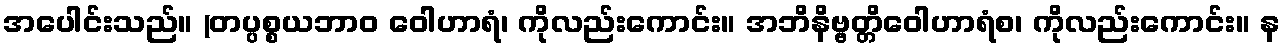
အပေါင်းသည်။ (တပ္ပစ္စယဘာဝ ဝေါဟာရံ၊ ကိုလည်းကောင်း။ အဘိနိဗ္ဗတ္တိဝေါဟာရံစ၊ ကိုလည်းကောင်း။ န